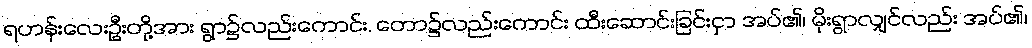
ရဟန်းလေးဦးတို့အား ရွာ၌လည်းကောင်း, တော၌လည်းကောင်း ထီးဆောင်းခြင်းငှာ အပ်၏၊ မိုးရွာလျှင်လည်း အပ်၏၊